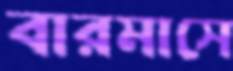
বারমাসে